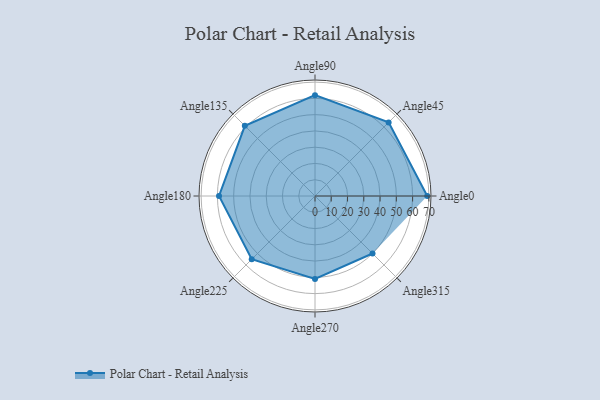
{"axis": {"x": "Angle", "y": "Radius"}, "legend": [""], "data": [{"x": "Angle0", "y": 69.0, "type": ""}, {"x": "Angle45", "y": 64.0, "type": ""}, {"x": "Angle90", "y": 62.0, "type": ""}, {"x": "Angle135", "y": 61.0, "type": ""}, {"x": "Angle180", "y": 59.0, "type": ""}, {"x": "Angle225", "y": 55.0, "type": ""}, {"x": "Angle270", "y": 51.0, "type": ""}, {"x": "Angle315", "y": 50, "type": ""}]}